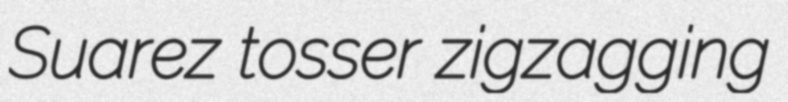
Suarez tosser zigzagging